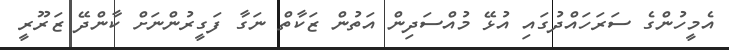
އެމީހުންގެ ސަރަހައްދުގައި އުޅޭ މުއްސަދިން އަތުން ޒަކާތް ނަގާ ފަގީރުންނަށް ކާންދޭ ޒަރޫރީ